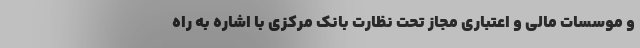
و موسسات مالی و اعتباری مجاز تحت نظارت بانک مرکزی با اشاره به راه